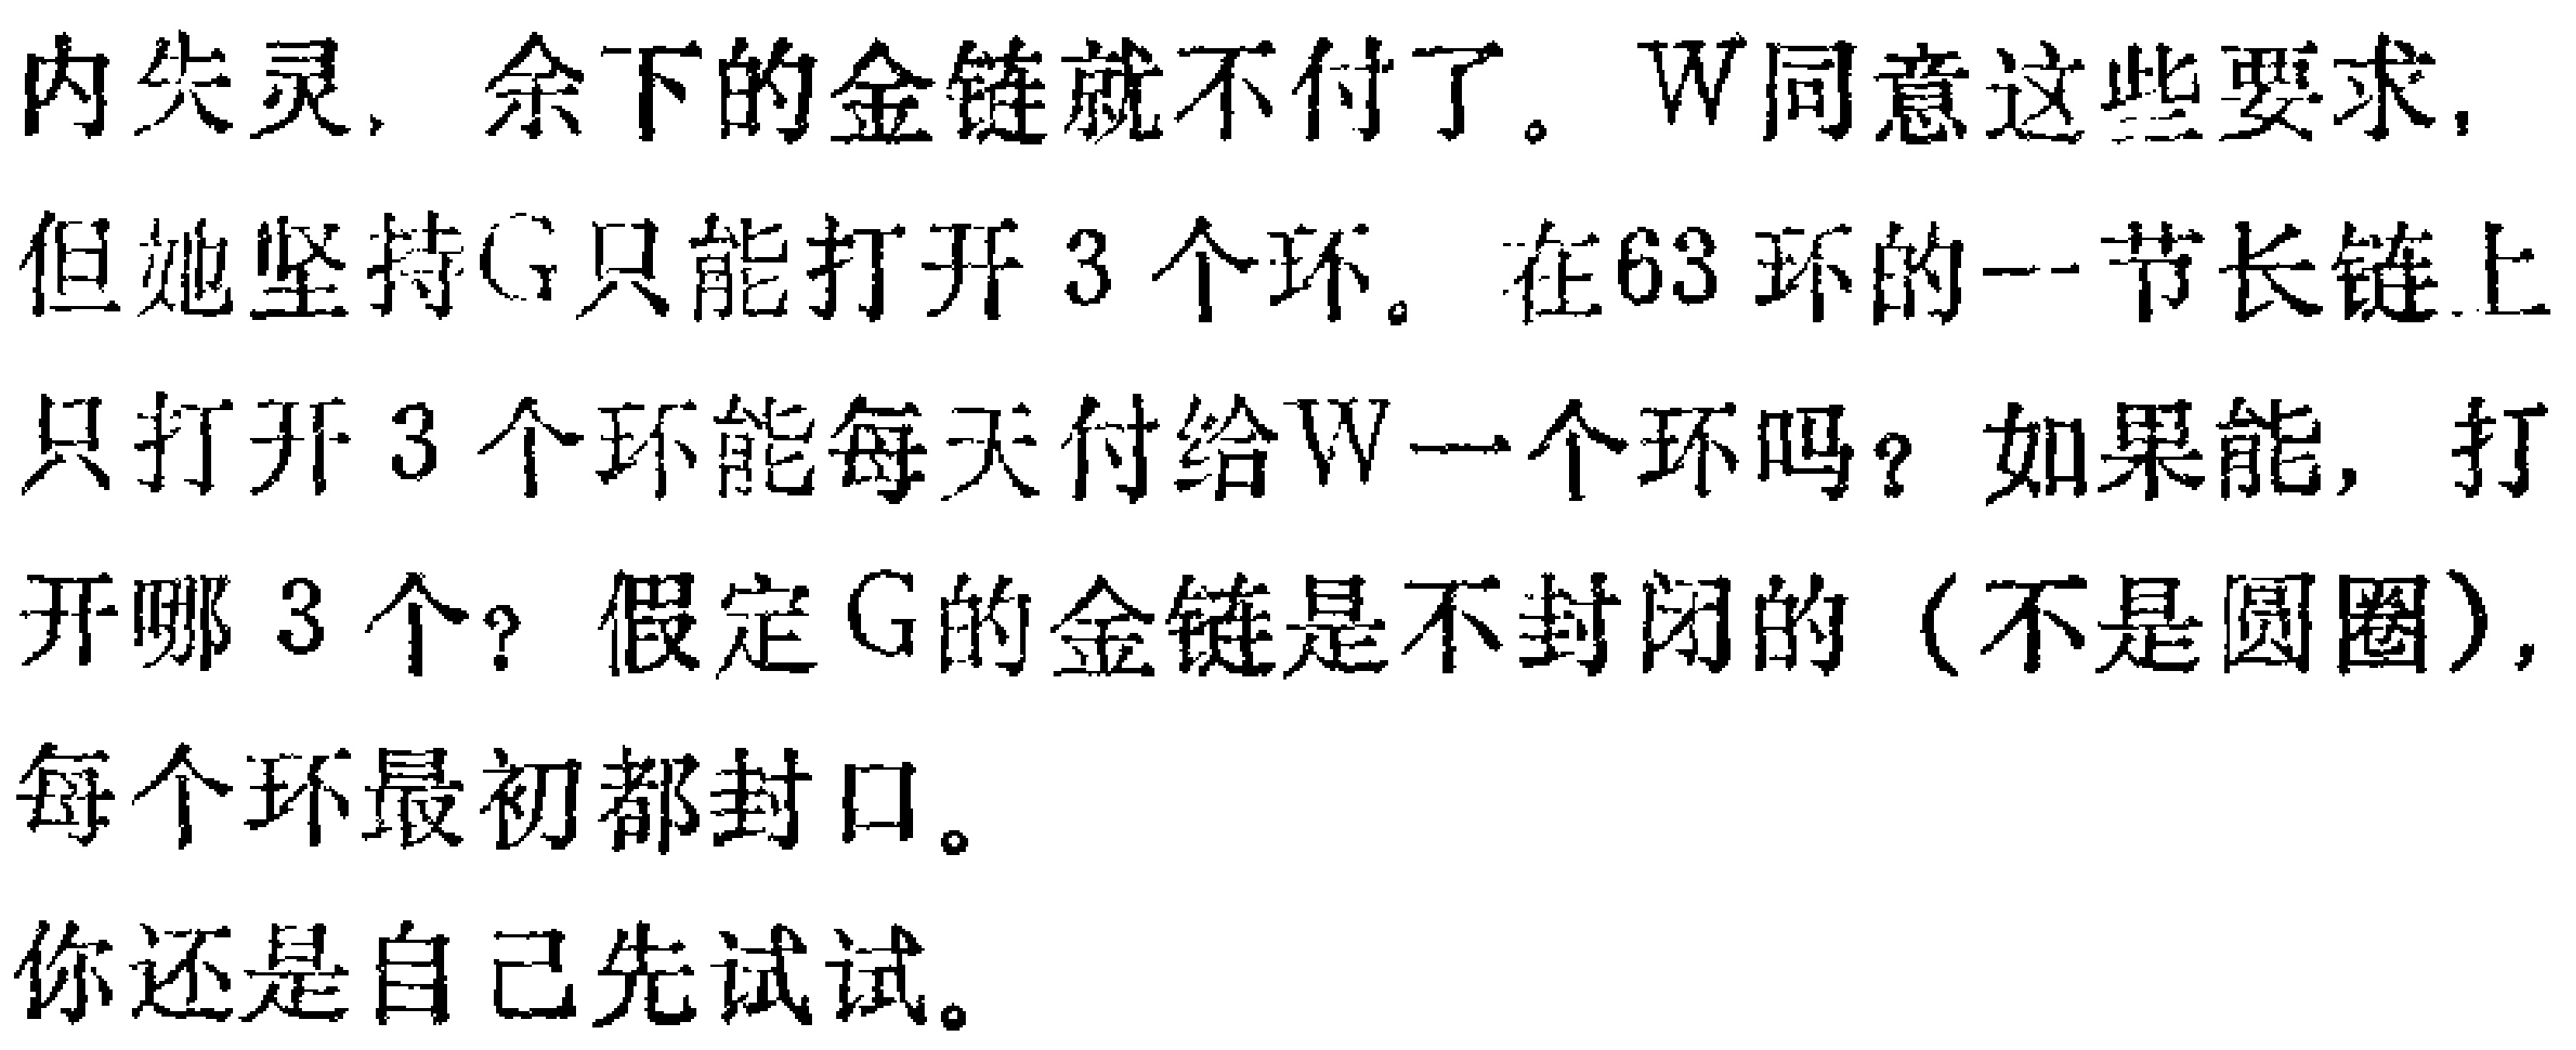
内失灵, 余下的金链就不付了。W同意这些要求, 但她坚持G只能打开3个环。在63环的一节长链上只打开3个环能每天付给W一个环吗？如果能, 打开哪3个？假定G的金链是不封闭的 (不是圆圈), 每个环最初都封口。你还是自己先试试。